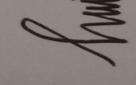
Signature authenticity: genuine